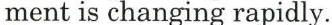
ment is changing rapidly.